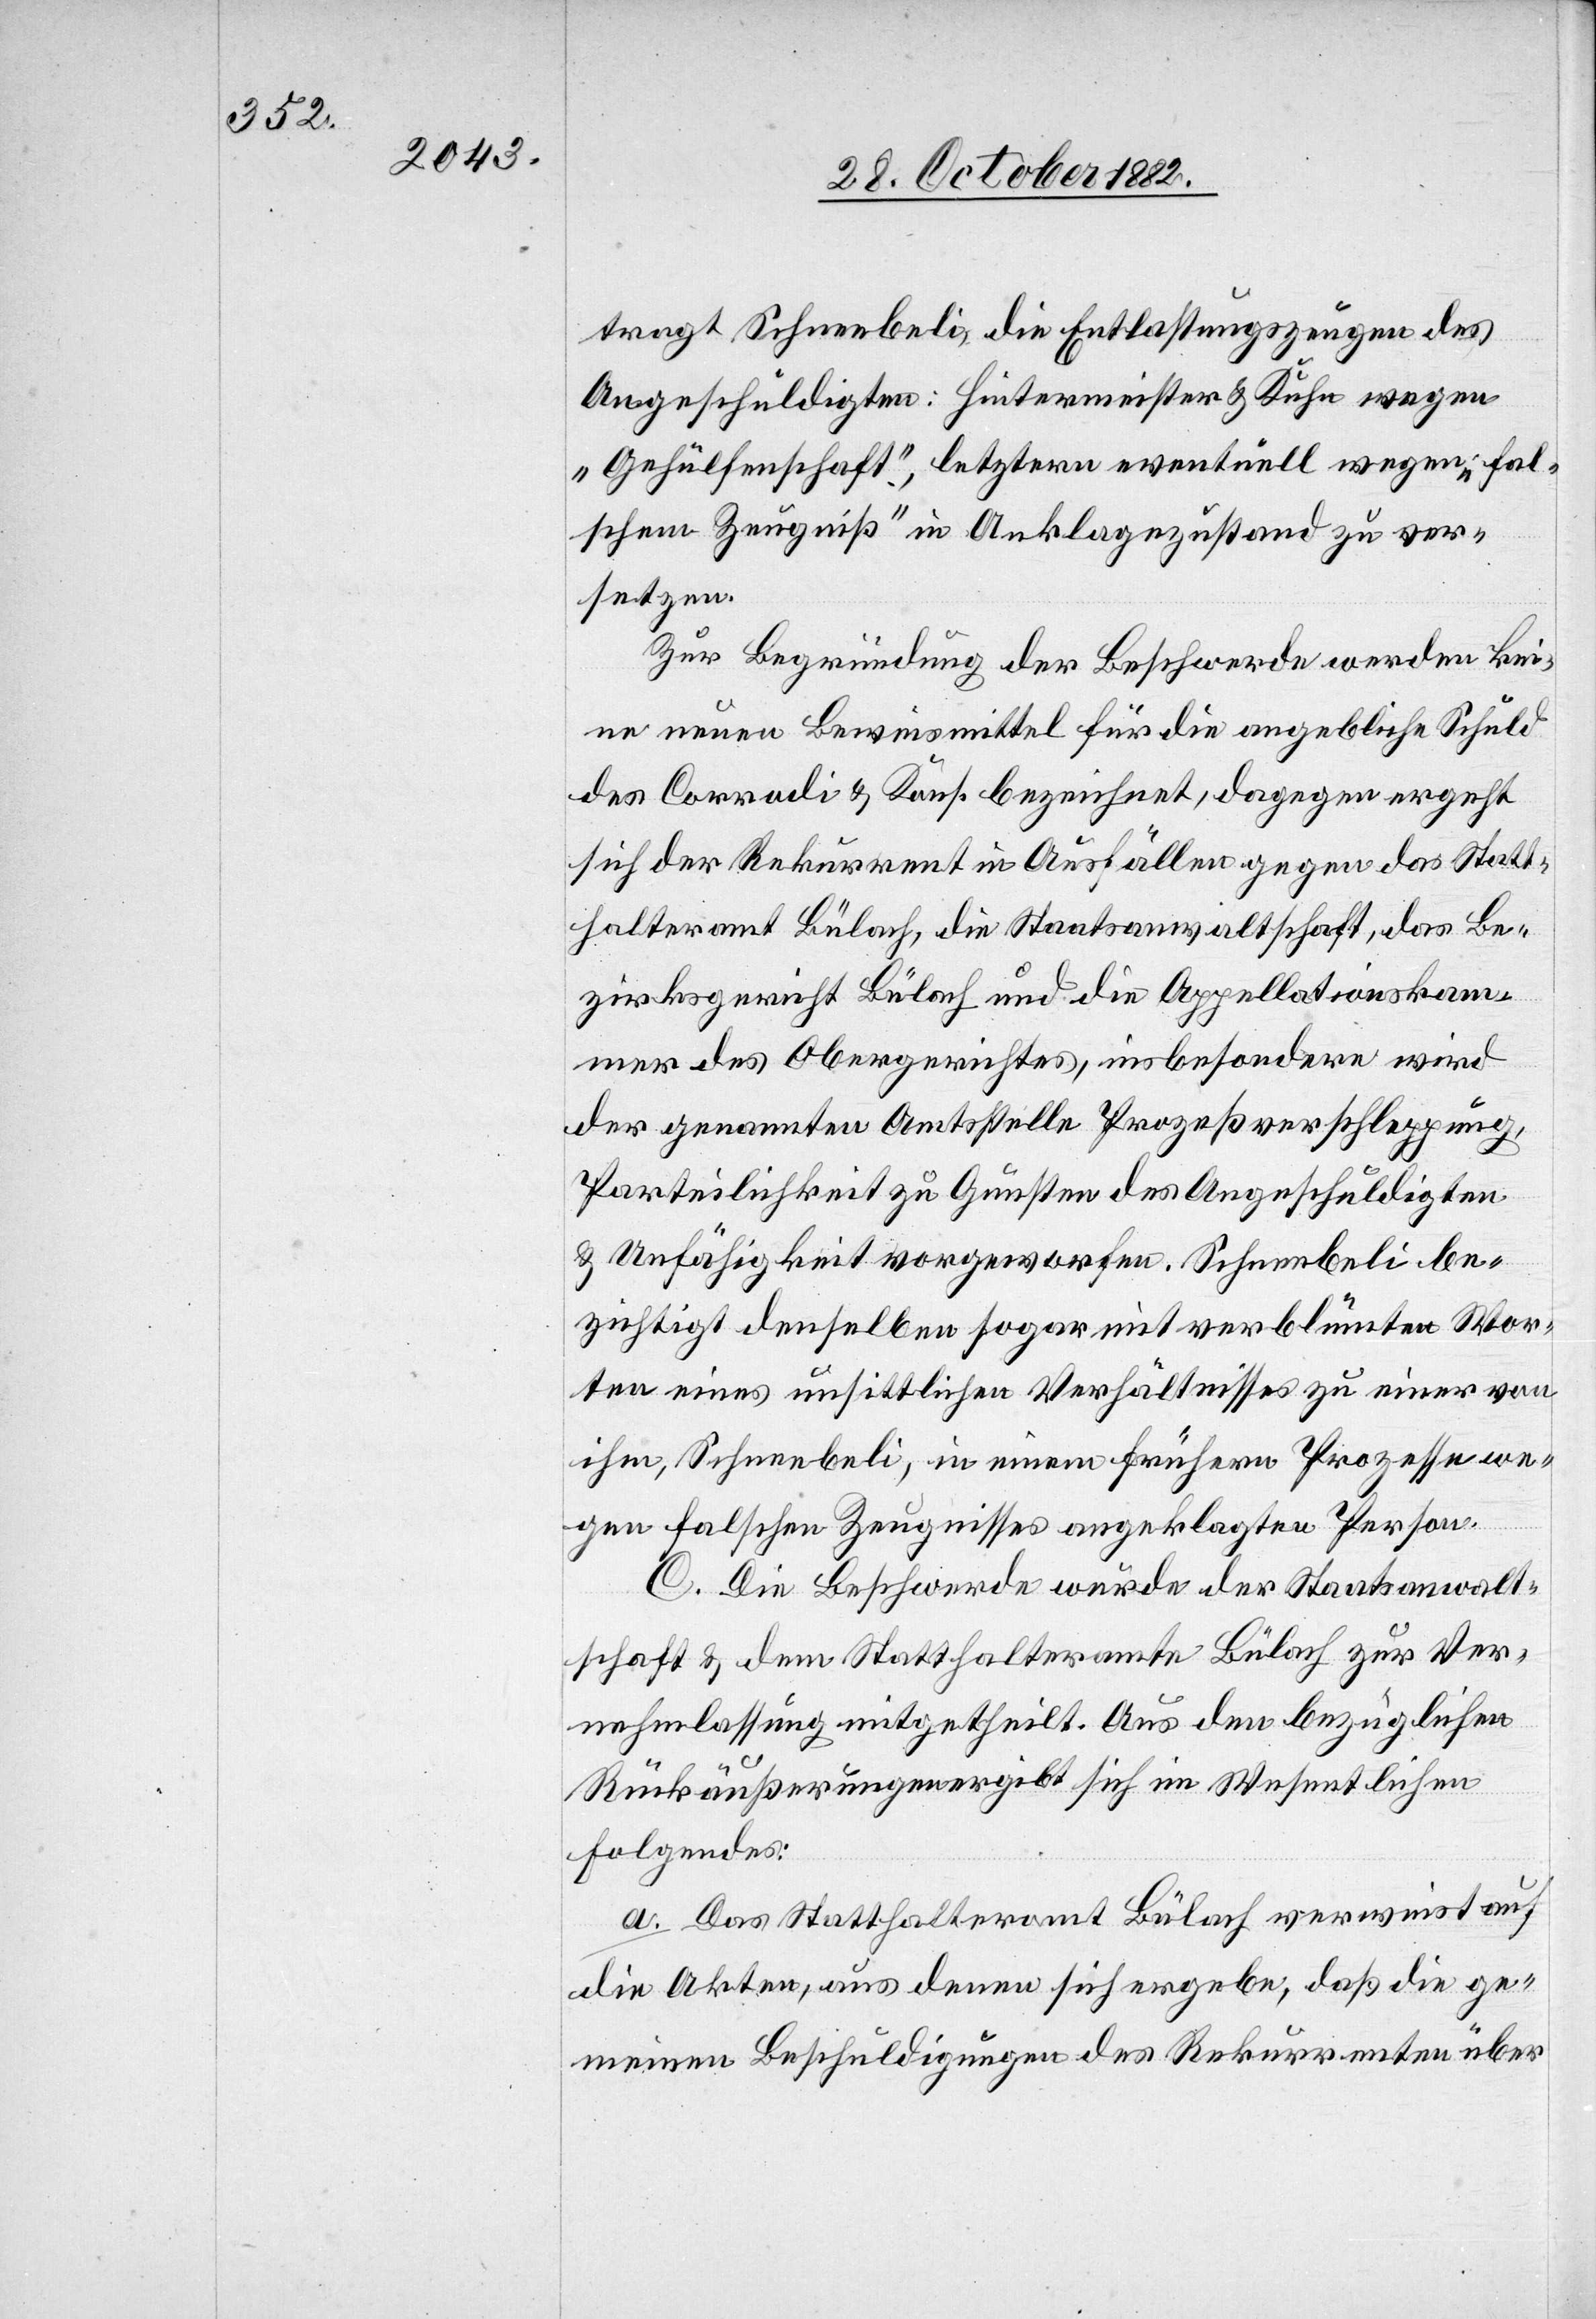
tragt Schneebeli die Entlastungszeugen des
Angeschuldigten: Hintermeister & Kuhn wegen
„Gehülfenschaft“, letztere eventuell wegen „fal¬
schem Zeugniß“ in Anklagezustand zu ver¬
setzen.
Zur Begründung der Beschwerde werden kei¬
ne neuen Beweismittel für die angebliche Schuld
des Corrodi [sic!] & Kons. bezeichnet, dagegen ergeht
sich der Rekurrent in Ausfällen gegen das Statt¬
halteramt Bülach, die Staatsanwaltschaft, das Be¬
zirksgericht Bülach und die Appellationskam¬
mer des Obergerichtes, insbesondere wird
der genannten Amtsstelle Prozeßverschleppung,
Parteilichkeit zu Gunsten des Angeschuldigten
& Unfähigkeit vorgeworfen. Schneebeli be¬
zichtigt denselben sogar mit verblümten Wor¬
ten eines unsittlichen Verhältnisses zu einer von
ihm, Schneebeli, in einem frühern Prozesse we¬
gen falschen Zeugnisses angeklagten Person.
C. Die Beschwerde wurde der Staatsanwalt¬
schaft & dem Statthalteramt Bülach zur Ver¬
nehmlassung mitgetheilt. Aus den bezüglichen
Rückäußerungen ergibt sich im Wesentlichen
Folgendes:
a. Das Statthalteramt Bülach verweist auf
die Akten, aus denen sich ergeben, daß die ge¬
meinen Beschuldigungen des Rekurrenten über